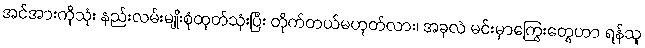
အင်အားကိုသုံး နည်းလမ်းမျိုးစုံထုတ်သုံးပြီး တိုက်တယ်မဟုတ်လား၊ အခုလဲ မင်းမှာကြွေးတွေဟာ ရန်သူ